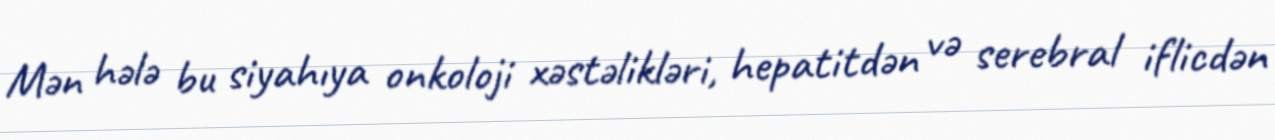
Mən hələ bu siyahıya onkoloji xəstəlikləri, hepatitdən və serebral iflicdən